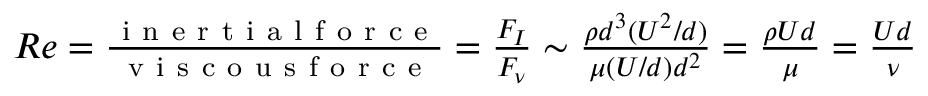
\begin{array} { r } { R e = \frac { \mathrm { ~ i ~ n ~ e ~ r ~ t ~ i ~ a ~ l ~ f ~ o ~ r ~ c ~ e ~ } } { \mathrm { ~ v ~ i ~ s ~ c ~ o ~ u ~ s ~ f ~ o ~ r ~ c ~ e ~ } } = \frac { F _ { I } } { F _ { \nu } } \sim \frac { \rho d ^ { 3 } ( U ^ { 2 } / d ) } { \mu ( U / d ) d ^ { 2 } } = \frac { \rho U d } { \mu } = \frac { U d } { \nu } } \end{array}